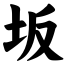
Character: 坂